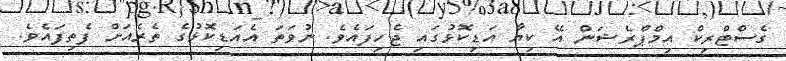
ގެސްޓްރިކް އިމްޕްރެޝަން އޭ ކިޔާ އަޑިކޮޅުގައި ޖެހިފައެވެ. ނުވަތަ އެއަޑިކޮޅުގެ ތެރެއަށް ފެތިފައެވެ.